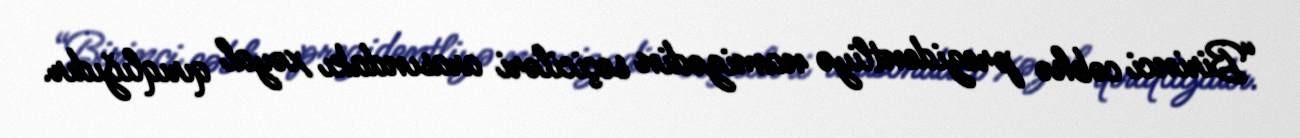
“Birinci cəbhə prezidentliyə namizədin seçiciləri arasındakı xəyal qırıqlığıdır.